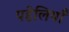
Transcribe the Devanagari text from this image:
पहेलियॉंँ